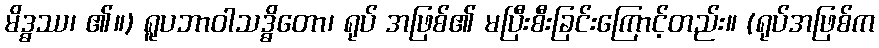
မိဒ္ဓဿ၊ ၏။) ရူပဘာဝါသဒ္ဓိတော၊ ရုပ် အဖြစ်၏ မပြီးစီးခြင်းကြောင့်တည်း။ (ရုပ်အဖြစ်က